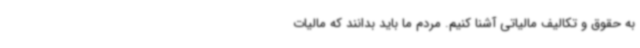
به حقوق و تکالیف مالیاتی آشنا کنیم. مردم ما باید بدانند که مالیات